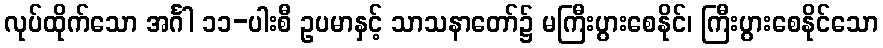
လုပ်ထိုက်သော အင်္ဂါ ၁၁-ပါးစီ ဥပမာနှင့် သာသနာတော်၌ မကြီးပွားစေနိုင်၊ ကြီးပွားစေနိုင်သော